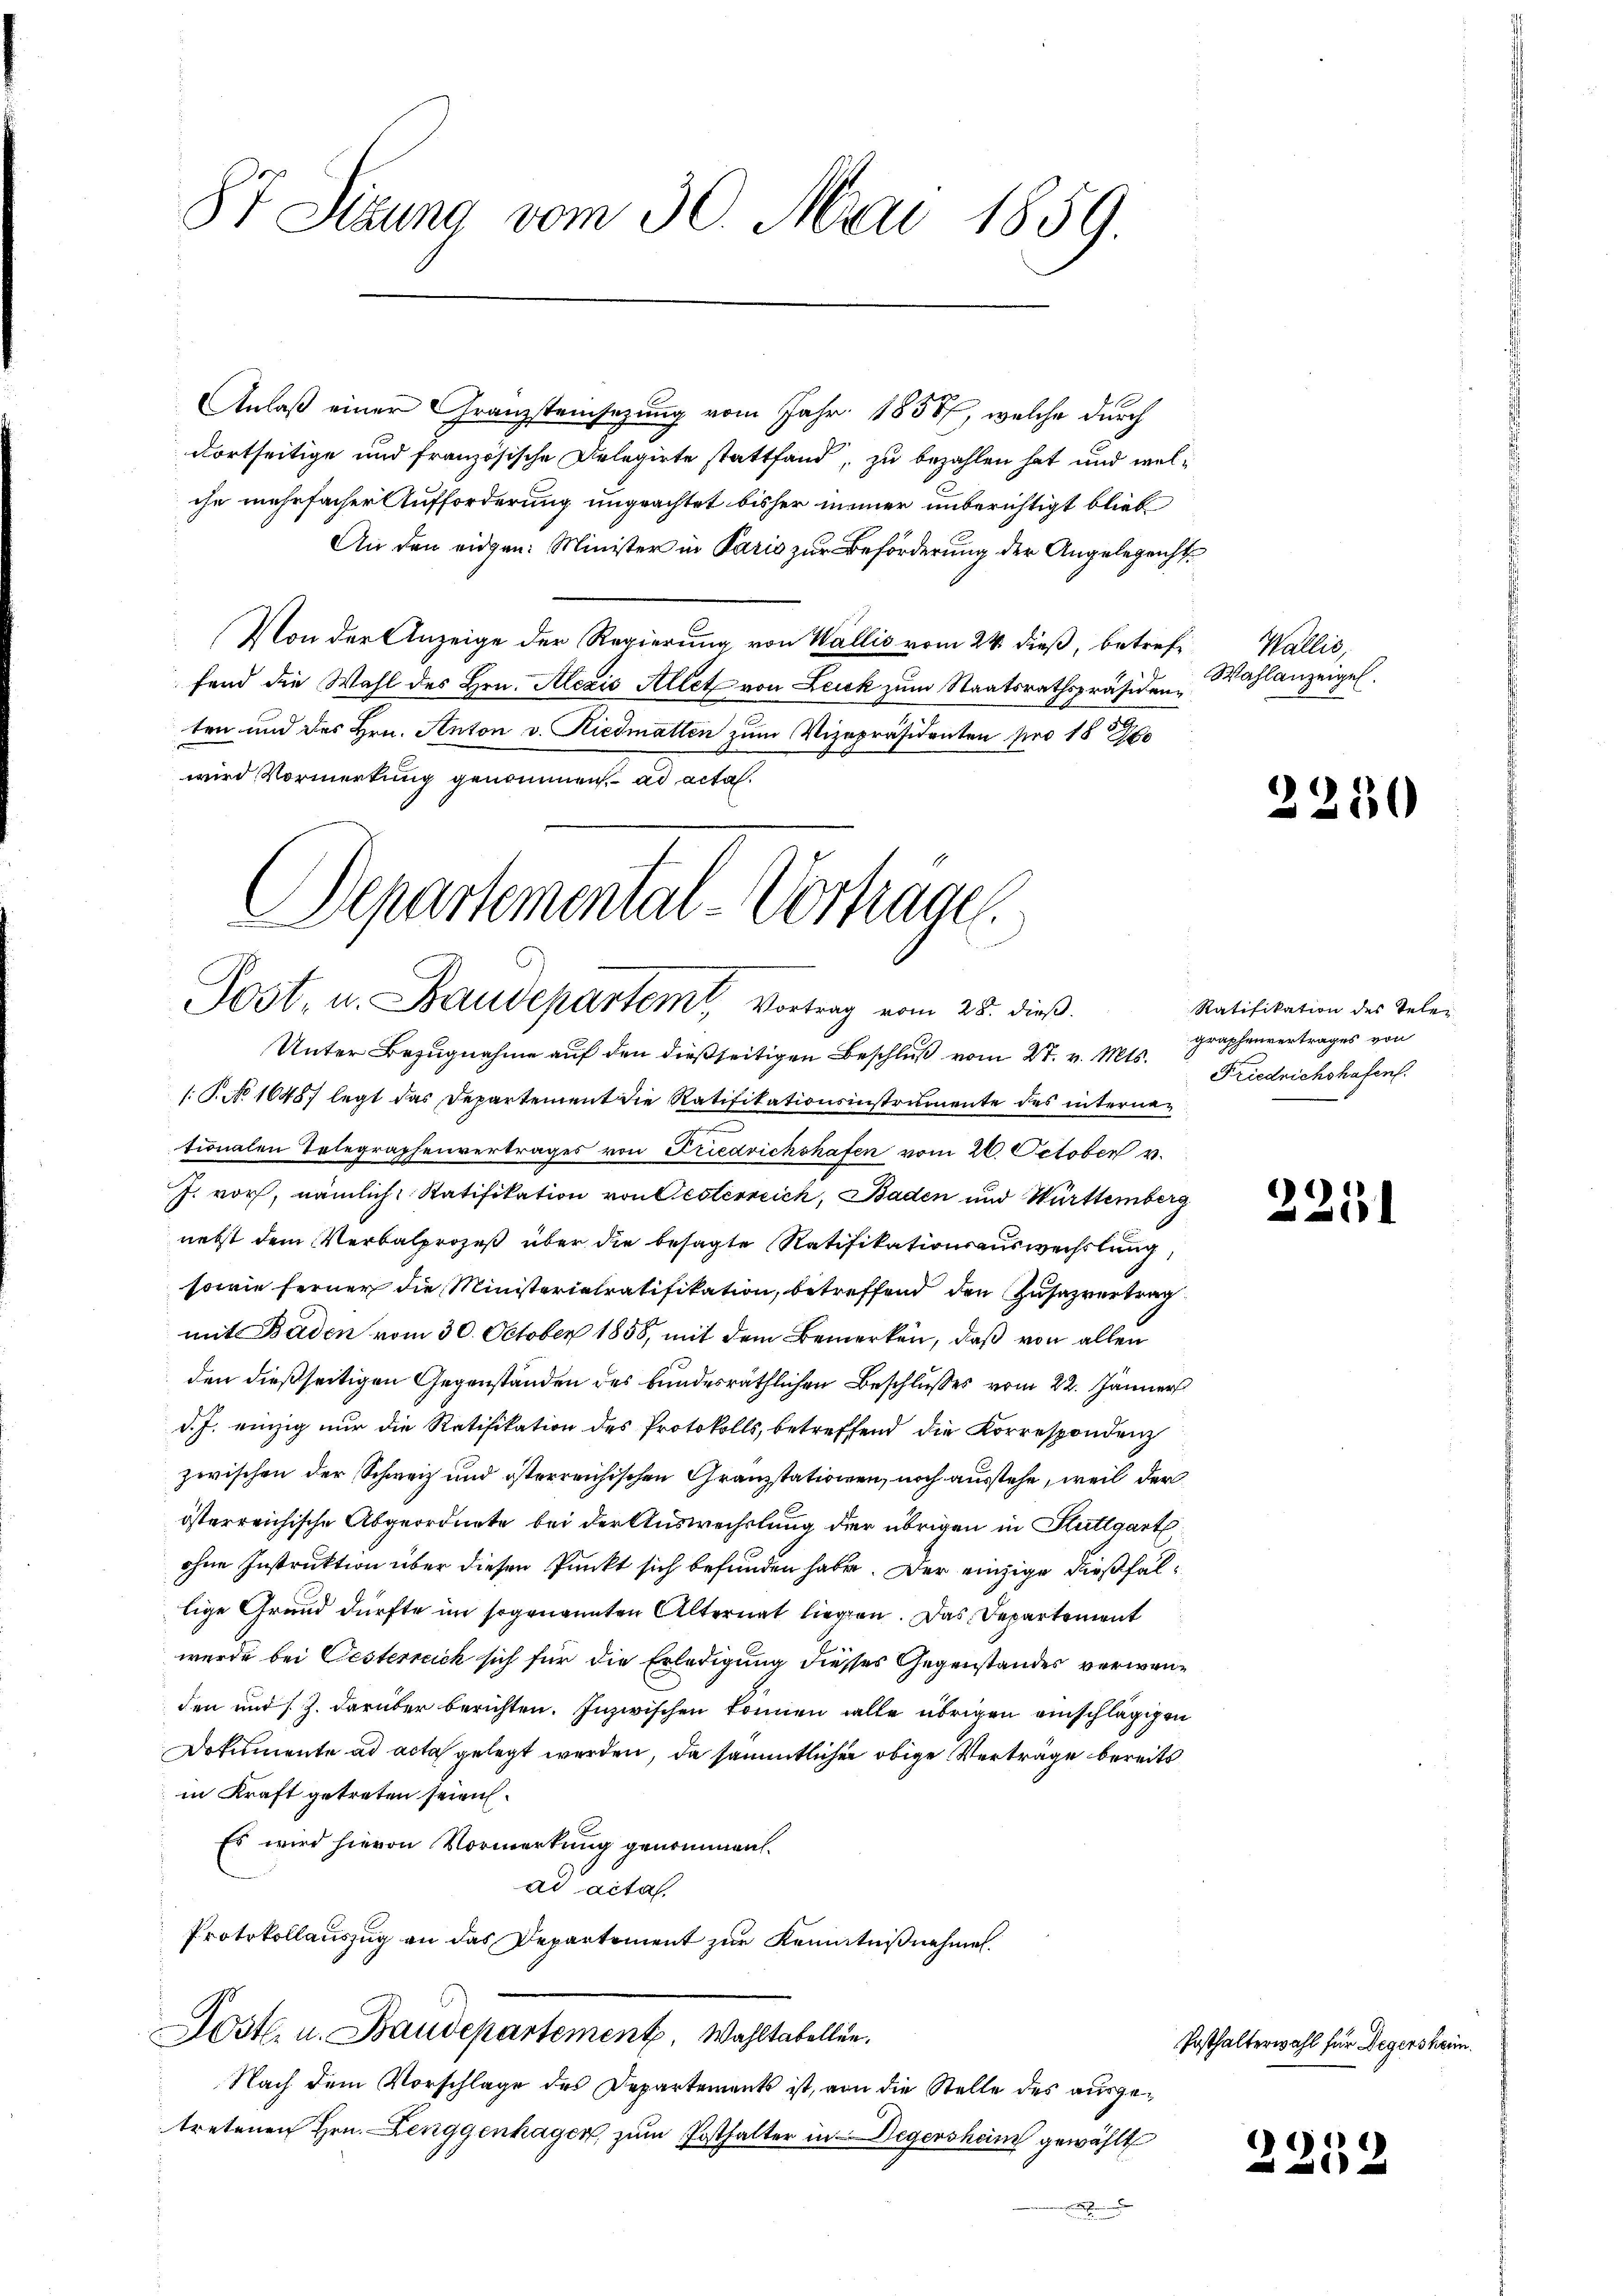
8t Sizung vom 30. Mai 1859.

Anlaß einer Granzsteinsezung vom Jahr 1858, welche durch
dortseitige und französische Delegirte stattfand, zu bezahlen hat und welche mehrfacher Aufforderung ungeachtet bisher immer unberichtigt blieb
An den eidgen: Minister in Paris zur Beförderung der Angelegenst
Von der Anzeige der Regierung von Wallis vom 24. dieß, betreff Wallis,
fend die Wahl des Hrn. Alezis Allet von Leuk zum Staatsrathspräsidenz
ten und des Hrn. Anton v. Riedmatten zum Vizepräsidenten pro 1870
wird Vormerkung genommen, ad acta.
Departemental-Vortrage.

Post, u. Baudepartem Vortrag vom 25. dieß.

Unter Bezugnahme auf den dießseitigen Beschluß vom 27. v. Mts.
s: P. No 1645. legt das Departement die Ratifikationsinstrumente des internationalen Telegraphenvertrages von Friedrichshafen vom 26. October v.
J. vor, nämlich, Ratifikation von Oesterreich, Baden und Württemberg
nebst dem Verbalprozeß über die besagte Ratifikationsauswechslung
sowie ferner die Ministerialratifikation, betreffend den Zusazvertrag
mit Baden vom 30. October 1858, mit dem Bemerken, daß von allen
den dießseitigen Gegenständen des bundesräthlichen Beschlusses vom 22. Jänner
d. J. einzig nur die Ratifikation des Protokolls, betreffend die Korrespondenz
zwischen der Schweiz und österreichischen Granzstationen, noch ausstehe, weil der
österreichische Abgeordnete bei der Auswechslung der übrigen in Stuttgart
ohne Instruktion über diesen Punkt sich befunden habe. Der einzige dießfällige Grund dürfte im sogenannten Alternat liegen. Das Departement
wurde bei Oesterreich sich für die Erledigung diesses Gegenstandes verweiden und s. Z. darüber berichten. Inzwischen können alle übrigen einschlägig¬
Dokumente ad acta gelegt werden, da sämmtlicher obige Verträge bereit.
in Kraft getreten seien.
Es wird hievon Vormerkung genommen.
ad acta.
Protokollauszug an das Departement zur Kenntnißnahmen.
Dostl. u. Baudepartement. Wahltabellen.
Nach dem Vorschlage des Departements ist, von die Stelle des ausgetretenen Hrn. Lenggenhagen, zum Posthalter in Degersham gewählt
.

Wahlanzeigel.

Ratifikation des Teler
graphenvertrages von
Friedrichshafen.

)
u

)

)
d

250

.

Posthalterwahl für Degersheim.